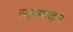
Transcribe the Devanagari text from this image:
तलमाकन